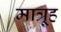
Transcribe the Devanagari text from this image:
मात्रूह